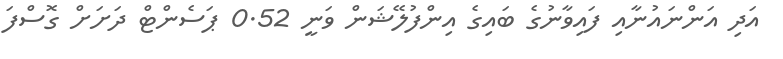
އަދި އަންނައުނާއި ފައިވާނުގެ ބައިގެ އިންފުލޭޝަން ވަނީ 0.52 ޕަސެންޓް ދަށަށް ގޮސްފަ